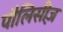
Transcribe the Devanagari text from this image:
पौलिसीज़